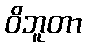
ဝိဘူတာ